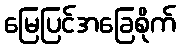
မြေပြင်အခြေစိုက်